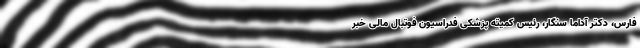
فارس، دکتر آداما سنگار، رئیس کمیته پزشکی فدراسیون فوتبال مالی خبر